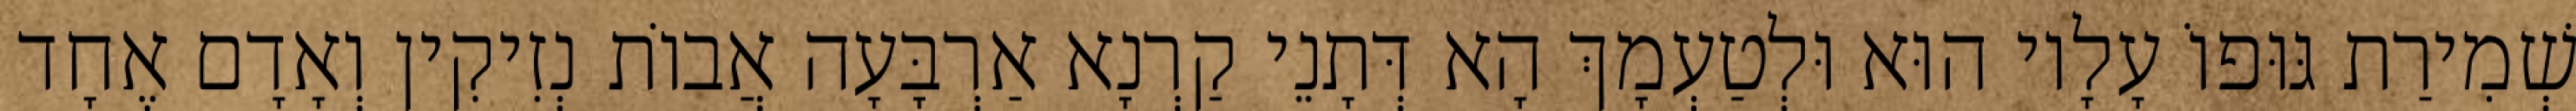
שְׁמִירַת גּוּפוֹ עָלָיו הוּא וּלְטַעְמָךְ הָא דְּתָנֵי קַרְנָא אַרְבָּעָה אֲבוֹת נְזִיקִין וְאָדָם אֶחָד